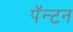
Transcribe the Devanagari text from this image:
पॅन्टन